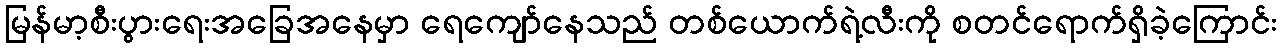
မြန်မာ့စီးပွားရေးအခြေအနေမှာ ရေကျော်နေသည် တစ်ယောက်ရဲ့လီးကို စတင်ရောက်ရှိခဲ့ကြောင်း